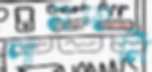
পানদানি